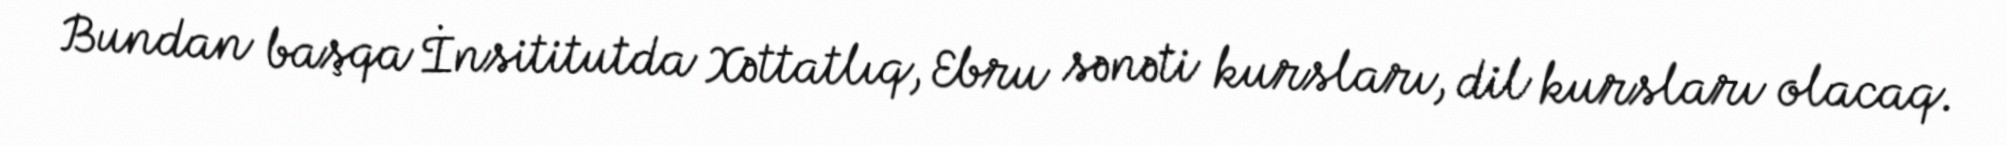
Bundan başqa İnsititutda Xəttatlıq, Ebru sənəti kursları, dil kursları olacaq.